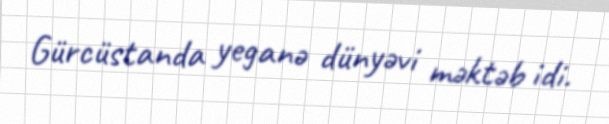
Gürcüstanda yeganə dünyəvi məktəb idi.